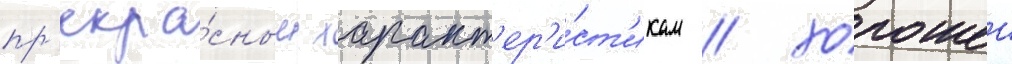
пр'екра́сным характ'ер'и́ст'икам / хорошеи